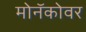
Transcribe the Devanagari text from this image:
मोनॅकोवर